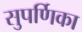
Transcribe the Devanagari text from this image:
सुपर्णिका